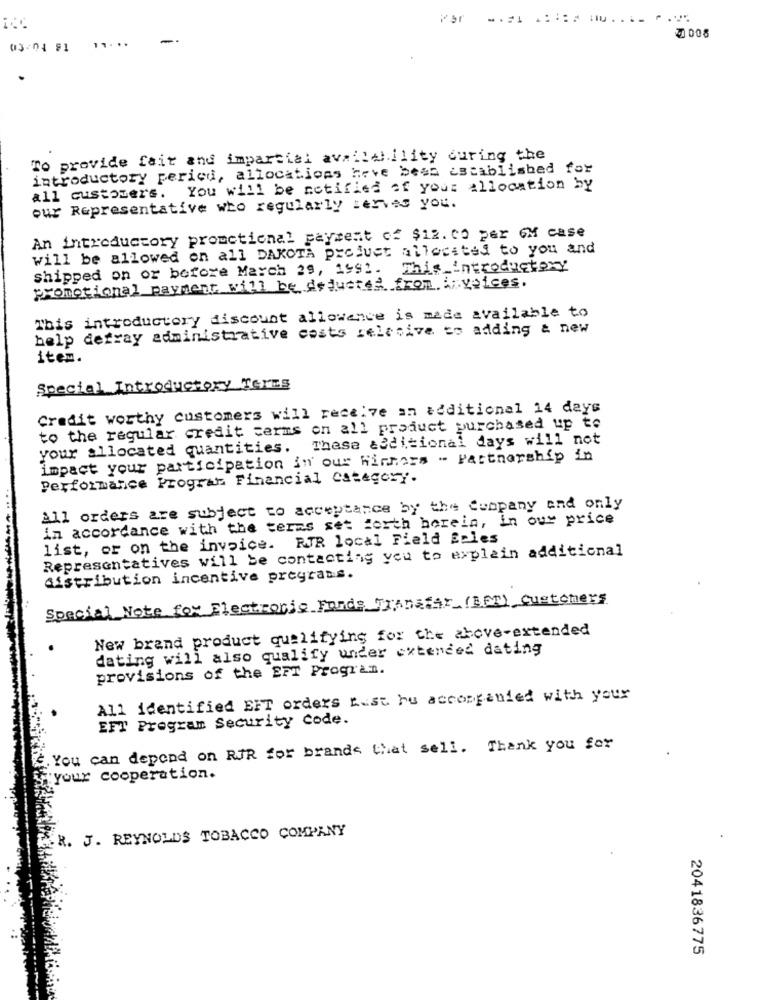
1 ....
2 008
03-04 91
To provide fait and impartial availability during the
introductory period, allocations have been established for
all customers. You will be notified of your allocation by
our Representative who regularly serves you.
An introductory promotional payment of $12. 00 per GM case
will be allowed on all DAKOTA product allocated to you and
shipped on or before March 29, 1992.
This Introductory
promotional payment will be deducted from invoices.
This introductory discount allowance is made available to
help defray administrative costs selective to adding & new
item.
Special Introductory Terms
Credit worthy customers will receive an additional 14 days
to the regular credit terms on all product purchased up to
These additional days will not
your allocated quantities.
impact your participation in our Winners - Partnership in
Performance Program Financial Category.
All orders are subject to acceptance by the Company and only
in accordance with the terms set forth herein, in our price
list, or on the invoice. RIR local Field Eples
Representatives will be contacting you to explain additional
distribution incentive programs.
Special Note for Electronic Fonds Transfer (BMI) Customers
New brand product qualifying for the above-extended
dating will also qualify under extended dating
provisions of the EFT Program.
All identified EFT orders Lust hu accompanied with your
EFT Program Security Code.
. You can depend on RJR for brands that sell. Thank you for
your cooperation.
ER. J. REYNOLDS TOBACCO COMPANY
2041836775